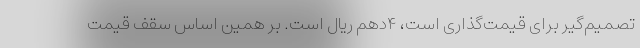
تصمیم‌گیر برای قیمت‌گذاری است، ۴دهم ریال است. بر همین اساس سقف قیمت